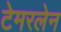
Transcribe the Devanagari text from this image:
टेमरलेन